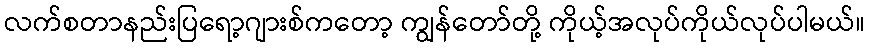
လက်စတာနည်းပြရော့ဂျားစ်ကတော့ ကျွန်တော်တို့ ကိုယ့်အလုပ်ကိုယ်လုပ်ပါမယ်။